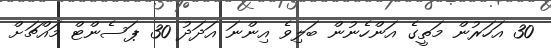
30 އަހަރުން މަތީގެ އަންހެނުން ބަލިވެ އިންނަ އަދަދު 30 ޕަސެންޓް މައްޗަށް